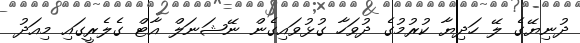
ދުނިޔޭގެ ލޭ ހަދިޔާ ކުރުމުގެ ދުވަހާ ގުޅުވައިގެން ނޭޝަނަލް އާޓް ގެލެރީގައި މިއަދު